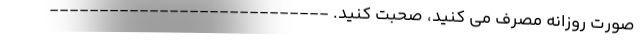
صورت روزانه مصرف می کنید، صحبت کنید. ----------------------------